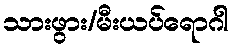
သားဖွား/မီးယပ်ရောဂါ